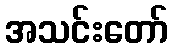
အသင်းတော်